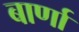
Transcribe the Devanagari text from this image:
बार्णा